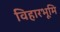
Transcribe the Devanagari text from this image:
विहारभूमि